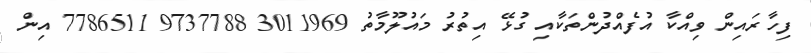
ފިހާރައިން ވިއްކާ އުފެއްދުންތަކާއި ގުޅޭ އިތުރު މައުލޫމާތު 3011969 9737788 7786511 އިން